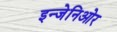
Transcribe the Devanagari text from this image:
इन्जेनिओर